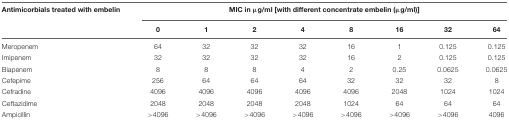
<table><thead><tr><td><b>Antimicorbials treated with embelin</b></td><td colspan="6"><b>MIC in μg/ml [with different concentrate embelin (μg/ml)]</b></td></tr><tr><td></td><td><b>0</b></td><td><b>1</b></td><td><b>2</b></td><td><b>4</b></td><td><b>8</b></td><td><b>16</b></td><td><b>32</b></td><td><b>64</b></td></tr></thead><tbody><tr><td>Meropenem</td><td>64</td><td>32</td><td>32</td><td>32</td><td>16</td><td>1</td><td>0.125</td><td>0.125</td></tr><tr><td>Imipenem</td><td>32</td><td>32</td><td>32</td><td>32</td><td>16</td><td>2</td><td>0.125</td><td>0.125</td></tr><tr><td>Biapenem</td><td>8</td><td>8</td><td>8</td><td>4</td><td>2</td><td>0.25</td><td>0.0625</td><td>0.0625</td></tr><tr><td>Cefepime</td><td>256</td><td>64</td><td>64</td><td>64</td><td>32</td><td>32</td><td>32</td><td>8</td></tr><tr><td>Cefradine</td><td>4096</td><td>4096</td><td>4096</td><td>4096</td><td>4096</td><td>2048</td><td>1024</td><td>1024</td></tr><tr><td>Ceftazidime</td><td>2048</td><td>2048</td><td>2048</td><td>2048</td><td>1024</td><td>64</td><td>64</td><td>64</td></tr><tr><td>Ampicillin</td><td>&gt;4096</td><td>&gt;4096</td><td>&gt;4096</td><td>&gt;4096</td><td>&gt;4096</td><td>&gt;4096</td><td>&gt;4096</td><td>4096</td></tr></tbody></table>